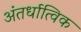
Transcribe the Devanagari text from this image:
अंतर्धात्विक